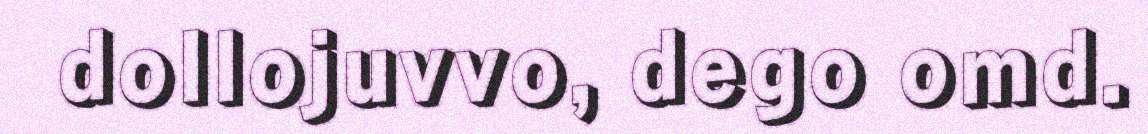
dollojuvvo, dego omd.